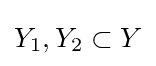
Y_{1},Y_{2}\subset Y